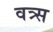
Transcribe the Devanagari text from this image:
वत्र्स